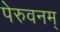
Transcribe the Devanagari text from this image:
पेरुवनम्